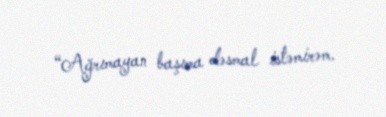
“Ağrımayan başıma dəsmal istəmirəm.